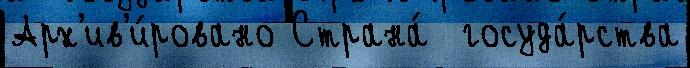
Арх'ив'и́ровано Страна́  госуда́рства